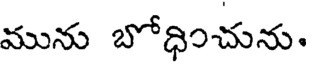
మును బోధించును.